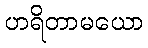
ဟရိတာမယော